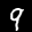
Label: 9